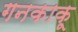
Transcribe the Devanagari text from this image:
गनकाकू